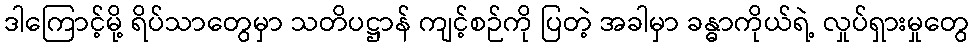
ဒါကြောင့်မို့ ရိပ်သာတွေမှာ သတိပဋ္ဌာန် ကျင့်စဉ်ကို ပြတဲ့ အခါမှာ ခန္ဓာကိုယ်ရဲ့ လှုပ်ရှားမှုတွေ